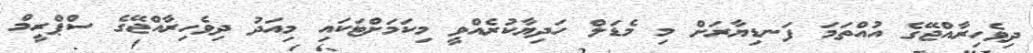
ދިވެހިރާއްޖޭގެ އުއްތަމަ ފަނޑިޔާރަށް މި މެޑަލް ހަދިޔާކުރެއްވީ މިކަމަށްޓަކައި މިއަދު ދިވެހިރާއްޖޭގެ ސްޕްރީމް